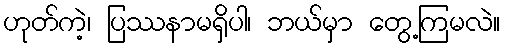
ဟုတ်ကဲ့၊ ပြဿနာမရှိပါ၊ ဘယ်မှာ တွေ့ကြမလဲ။